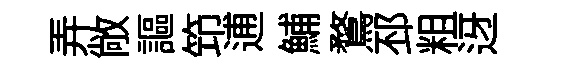
弄敞謳笻逋鯆鶩邳粗迓